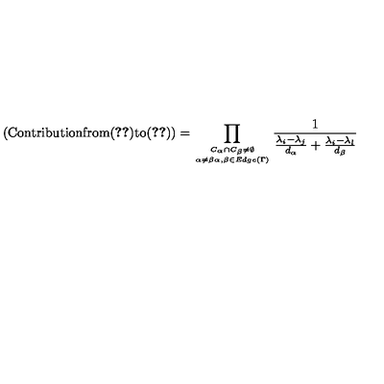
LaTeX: ( \mathrm { C o n t r i b u t i o n f r o m ( \ref { 4 3 } ) t o ( \ref { 3 4 } ) } ) = \prod _ { { C _ { \alpha } \cap C _ { \beta } \neq \emptyset } \atop { \alpha \neq \beta \alpha , \beta \in E d g e ( \Gamma ) } } \frac { 1 } { \frac { \lambda _ { i } - \lambda _ { j } } { d _ { \alpha } } + \frac { \lambda _ { i } - \lambda _ { l } } { d _ { \beta } } }